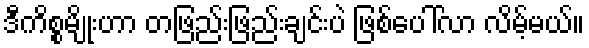
ဒီကိစ္စမျိုးဟာ တဖြည်းဖြည်းချင်းပဲ ဖြစ်ပေါ်လာ လိမ့်မယ်။